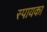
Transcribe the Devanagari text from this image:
स्पायका